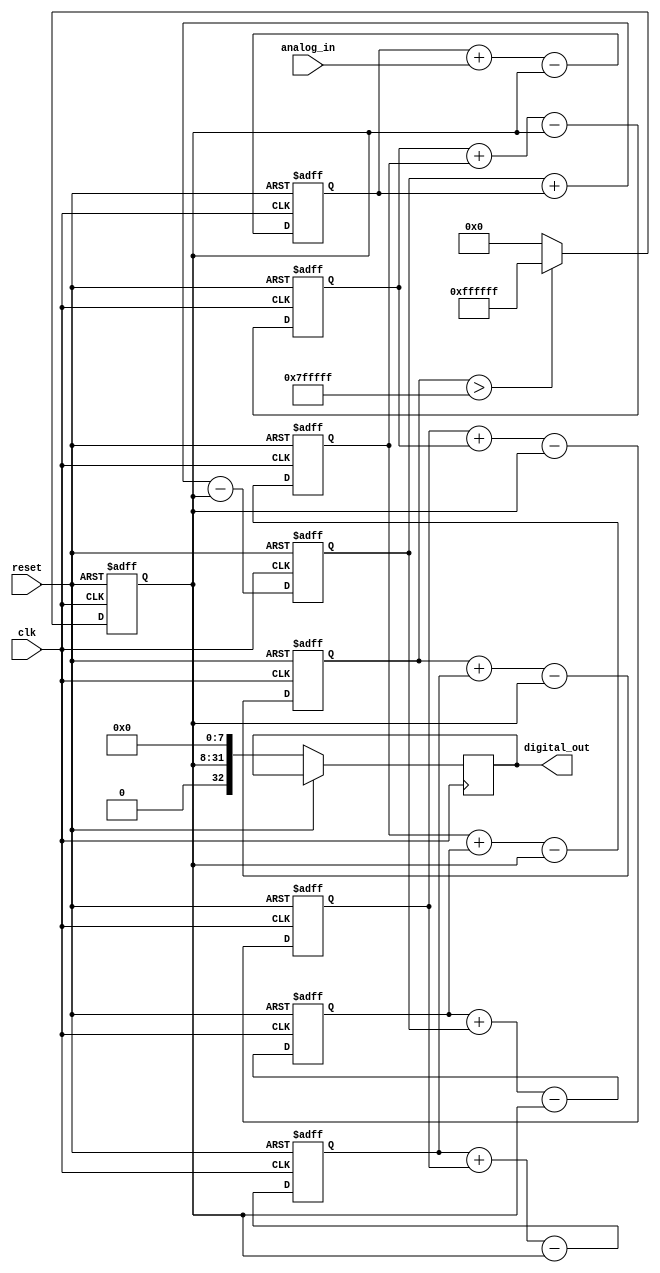
module sigma_delta_ADC(
    input clk,
    input reset,
    input [23:0] analog_in,
    output reg [32:0] digital_out
);

reg [23:0] integrator1;
reg [23:0] integrator2;
reg [23:0] integrator3;
reg [23:0] integrator4;
reg [23:0] integrator5;
reg [23:0] integrator6;
reg [23:0] integrator7;
reg [23:0] integrator8;
reg [23:0] feedback;

always @(posedge clk or posedge reset) begin
    if (reset) begin
        integrator1 <= 0;
        integrator2 <= 0;
        integrator3 <= 0;
        integrator4 <= 0;
        integrator5 <= 0;
        integrator6 <= 0;
        integrator7 <= 0;
        integrator8 <= 0;
        feedback <= 0;
    end else begin
        integrator1 <= integrator1 + analog_in - feedback;
        integrator2 <= integrator2 + integrator1 - feedback;
        integrator3 <= integrator3 + integrator2 - feedback;
        integrator4 <= integrator4 + integrator3 - feedback;
        integrator5 <= integrator5 + integrator4 - feedback;
        integrator6 <= integrator6 + integrator5 - feedback;
        integrator7 <= integrator7 + integrator6 - feedback;
        integrator8 <= integrator8 + integrator7 - feedback;
        //feedback <= integrator8 > 0x7FFFFF ? 0xFFFFFF : 0;
        if (integrator8 > 23'd8388607) begin
            feedback <= 24'hFFFFFF;
        end else begin
            feedback <= 0;
        end
        digital_out <= {feedback, 8'b00000000};
    end
end
endmodule